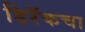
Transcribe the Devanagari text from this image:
डिरॅकचा